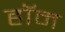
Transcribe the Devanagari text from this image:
हॉम